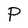
Character: P